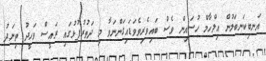
އަނބިކަނބަލުން އިލްހާމް ހުސައިން ވެސް ބައިވެރިވެވަޑައިގަންނަވާ މި ދަތުރުފުޅުގައި ރައީސް ވަހީދު ތިނަދު